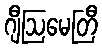
ဂျီဩမေတြီ